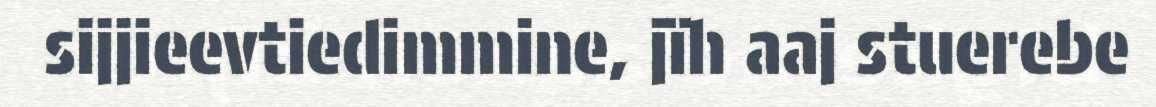
sijjieevtiedimmine, jïh aaj stuerebe